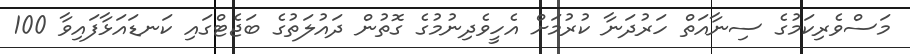
މަސްވެރިކަމުގެ ސިނާއަތް ހަރުދަނާ ކުރުމަށް އެހީވެދިނުމުގެ ގޮތުން ދައުލަތުގެ ބަޖެޓްގައި ކަނޑައަޅާފައިވާ 100